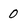
Character: 0